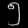
Digit: ၅